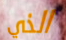
الذي